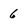
Character: 6